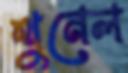
থুনেল